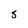
Character: s